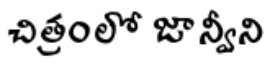
చిత్రంలో జాన్వీని